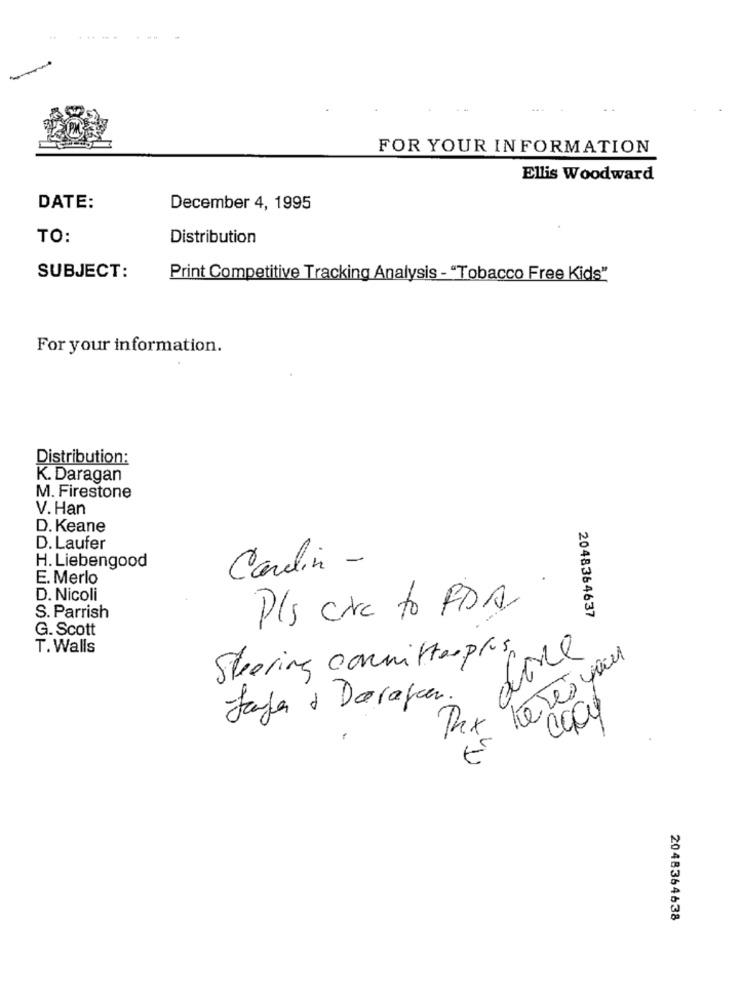
FOR YOUR INFORMATION
Ellis Woodward
DATE:
December 4, 1995
TO:
Distribution
SUBJECT:
Print Competitive Tracking Analysis - "Tobacco Free Kids"
For your information.
Distribution:
K. Daragan
M. Firestone
V. Han
D. Keane
D. Laufer
H. Liebengood
Carelin -
E. Merlo
D. Nicoli
Pls circ to FDA
2048364637
S. Parrish
G. Scott
T. Walls
ance
Steering committeeplus
Jaja & Daragon.
2048364638